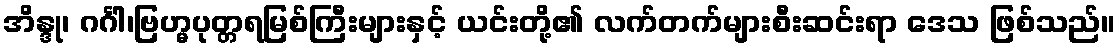
အိန္ဒု၊ ဂင်္ဂါ၊ဗြဟ္မပုတ္တရမြစ်ကြီးများနှင့် ယင်းတို့၏ လက်တက်များစီးဆင်းရာ ဒေသ ဖြစ်သည်။